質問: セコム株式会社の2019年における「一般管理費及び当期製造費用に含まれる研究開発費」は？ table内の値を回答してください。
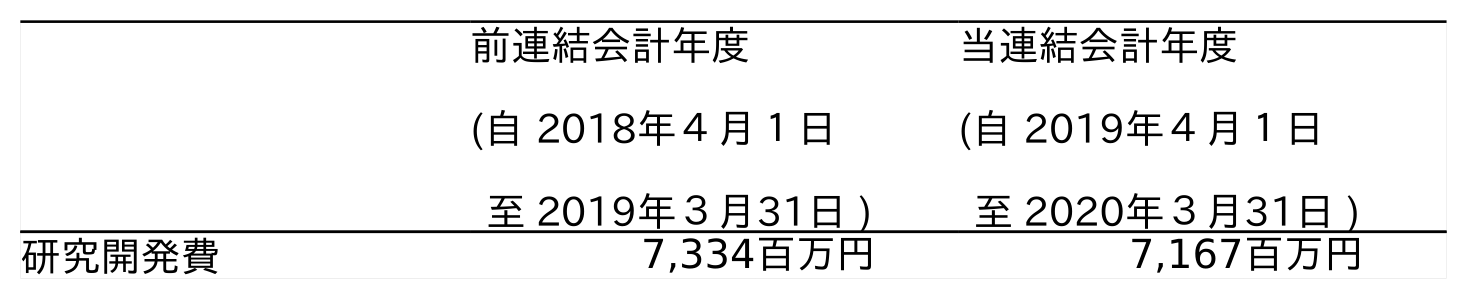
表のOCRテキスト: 前連結会計年度 (自 2018年４月１日 至 2019年３月31日 ) 当連結会計年度 (自 2019年４月１日 至 2020年３月31日 ) 研究開発費 7,334百万円 7,167百万円
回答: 7,334